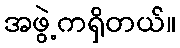
အဖွဲ့ကရှိတယ်။